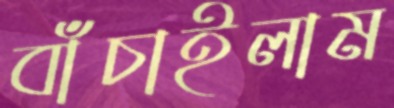
বাঁচাইলাম